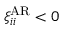
\xi _ { i i } ^ { \mathrm { A R } } < 0